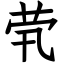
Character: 茕